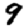
Digit: 9